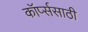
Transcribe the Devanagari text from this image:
कॉर्प्ससाठी